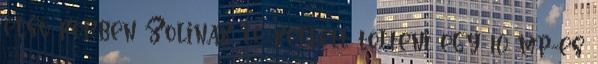
első körben Zolinak le kellett tölteni egy 10 mp-es